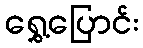
ရွှေ့ပြောင်း